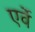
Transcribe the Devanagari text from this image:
एर्वे